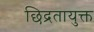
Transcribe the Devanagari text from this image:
छिद्रतायुक्त